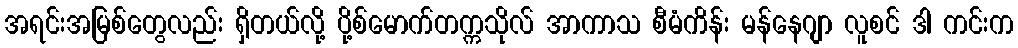
အရင်းအမြစ်တွေလည်း ရှိတယ်လို့ ပို့စ်မောက်တက္ကသိုလ် အာကာသ စီမံကိန်း မန်နေဂျာ လူစင် ဒါ ကင်းက